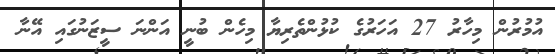
އުމުރުން މިހާރު 27 އަހަރުގެ ކުޅުންތެރިޔާ މިހެން ބުނީ އަންނަ ސީޒަނުގައި އޭނާ